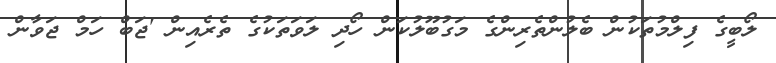
ލޯބީގެ ފިލްމުތަކުން ބެލުންތެރިންގެ މަގުބޫލުކަން ހޯދި ލަވަތަކުގެ ތެރެއިން 'ޖަބް ހަމް ޖަވާން